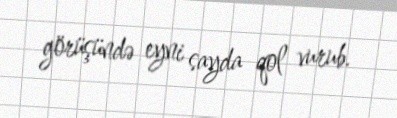
görüşündə eyni sayda qol vurub.